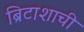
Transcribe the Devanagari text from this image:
ब्रिटाशाची